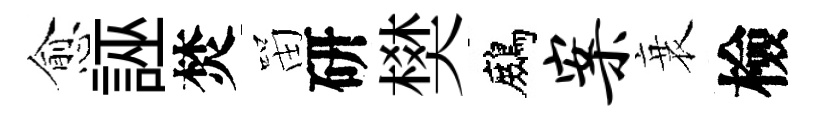
愈誣焚㽞研樊鷓案衰檢